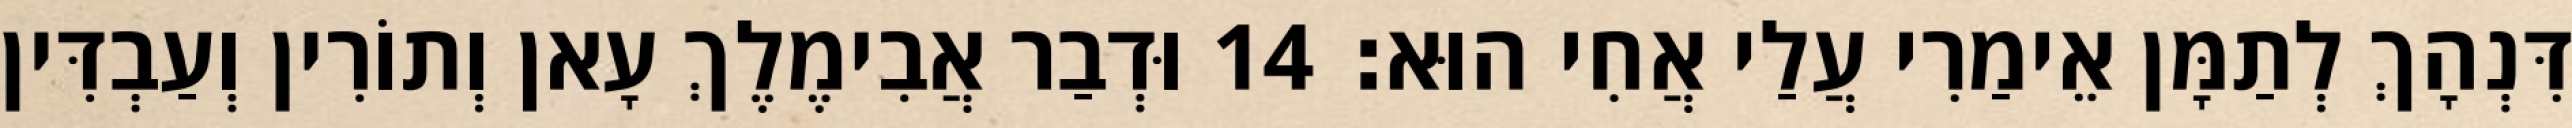
דִּנְהָךְ לְתַמָּן אֵימַרִי עֲלַי אֲחִי הוּא׃ 14 וּדְבַר אֲבִימֶלֶךְ עָאן וְתוֹרִין וְעַבְדִּין